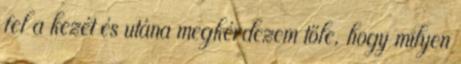
fel a kezét és utána megkérdezem tőle, hogy milyen